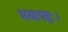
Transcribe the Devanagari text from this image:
भयापहः।